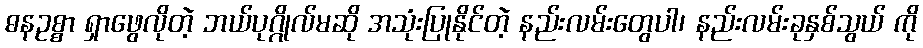
ဓနဥစ္စာ ရှာဖွေလိုတဲ့ ဘယ်ပုဂ္ဂိုလ်မဆို အသုံးပြုနိုင်တဲ့ နည်းလမ်းတွေပါ၊ နည်းလမ်းခုနှစ်သွယ် ကို